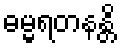
ဓမ္မရတနန္တိ